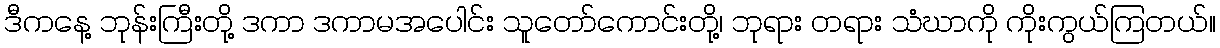
ဒီကနေ့ ဘုန်းကြီးတို့ ဒကာ ဒကာမအပေါင်း သူတော်ကောင်းတို့၊ ဘုရား တရား သံဃာကို ကိုးကွယ်ကြတယ်။